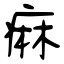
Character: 痲